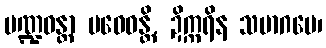
ပဏ္ဍဝန္တာ ပဝေဓန္တိ, ဍိက္ကရိန သမာဂမေ၊